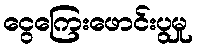
ငွေကြေးဖောင်းပွမှု